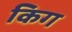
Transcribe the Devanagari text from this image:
किग